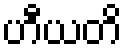
ဟီယတိ